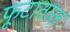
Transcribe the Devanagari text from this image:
फूटाताल